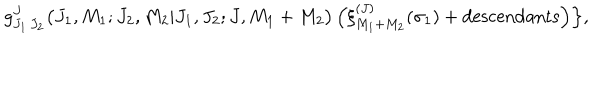
g _ { J _ { 1 } \, J _ { 2 } } ^ { J } \bigl ( J _ { 1 } , M _ { 1 } ; J _ { 2 } , M _ { 2 } \vert J _ { 1 } , J _ { 2 } ; J , M _ { 1 } + M _ { 2 } \bigr ) \, \Bigl ( \xi _ { M _ { 1 } + M _ { 2 } } ^ { ( J ) } ( \sigma _ { 1 } ) + \mathrm { d e s c e n d a n t s } \Bigr ) \Bigr \} ,